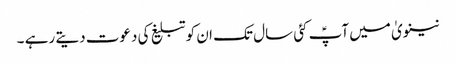
نینویٰ میں آپؑ کئی سال تک ان کو تبلیغ کی دعوت دیتے رہے ۔